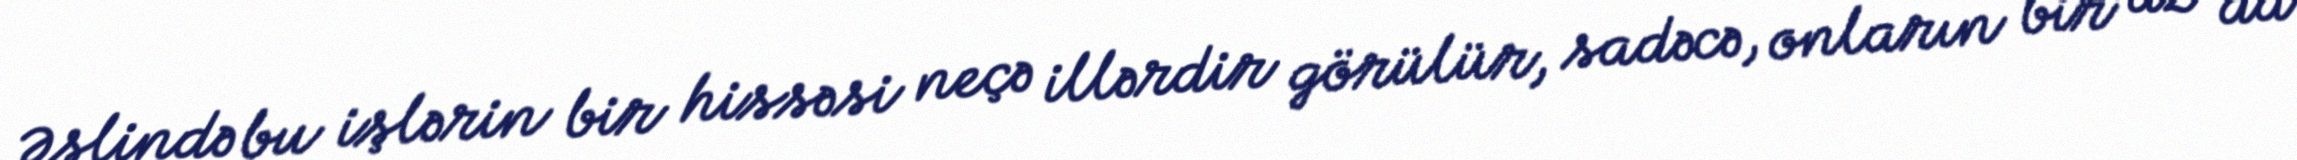
Əslində bu işlərin bir hissəsi neçə illərdir görülür, sadəcə, onların bir az da